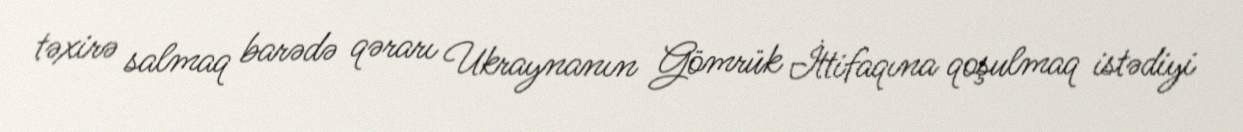
təxirə salmaq barədə qərarı Ukraynanın Gömrük İttifaqına qoşulmaq istədiyi